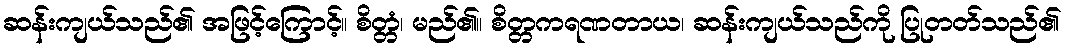
ဆန်းကျယ်သည်၏ အဖြင့်ကြောင့်။ စိတ္တံ၊ မည်၏။ စိတ္တကရဏတာယ၊ ဆန်းကျယ်သည်ကို ပြုတတ်သည်၏